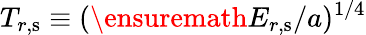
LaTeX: T_{r,\mathrm{s}}\equiv(\ensuremath{E_{r,\mathrm{s}}}/a)^{1/4}